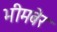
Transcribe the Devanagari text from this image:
भीमबेर